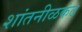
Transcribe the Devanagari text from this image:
शांतनीळकंठ